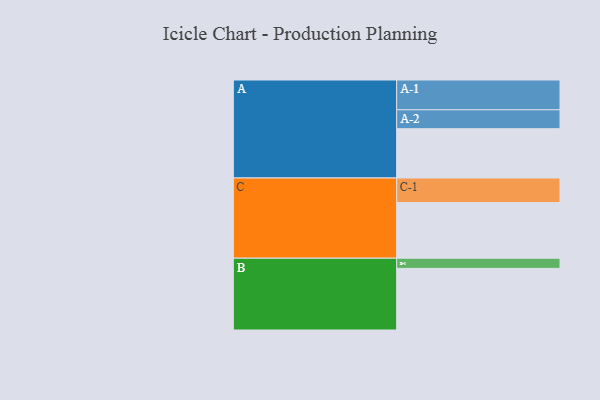
{"axis": {"x": "Segment", "y": "Value"}, "legend": ["", "A", "B", "C"], "data": [{"x": "A", "y": 427, "type": ""}, {"x": "B", "y": 534, "type": ""}, {"x": "C", "y": 482, "type": ""}, {"x": "A-1", "y": 258, "type": "A"}, {"x": "A-2", "y": 164, "type": "A"}, {"x": "B-1", "y": 88, "type": "B"}, {"x": "C-1", "y": 213, "type": "C"}]}